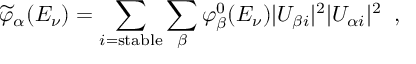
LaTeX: \widetilde { \varphi } _ { \alpha } ( E _ { \nu } ) = \sum _ { i = \mathrm { s t a b l e } } \sum _ { \beta } \varphi _ { \beta } ^ { 0 } ( E _ { \nu } ) | U _ { \beta i } | ^ { 2 } | U _ { \alpha i } | ^ { 2 } \; \; ,